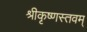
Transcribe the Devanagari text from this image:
श्रीकृष्णस्तवम्